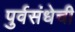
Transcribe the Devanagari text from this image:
पुर्वसंधेची